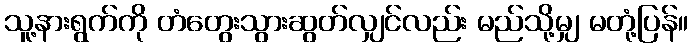
သူ့နားရွက်ကို တံတွေးသွားဆွတ်လျှင်လည်း မည်သို့မျှ မတုံ့ပြန်။